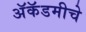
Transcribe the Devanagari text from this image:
अॅकॅडमीचे